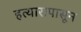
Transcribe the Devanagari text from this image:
हत्यारापासून